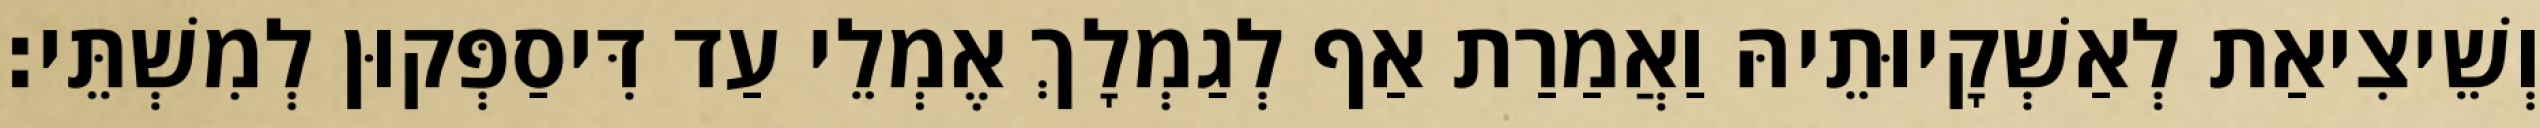
וְשֵׁיצִיאַת לְאַשְׁקָיוּתֵיהּ וַאֲמַרַת אַף לְגַמְלָךְ אֶמְלֵי עַד דִּיסַפְּקוּן לְמִשְׁתֵּי׃